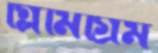
গ্লিমিগ্রিম